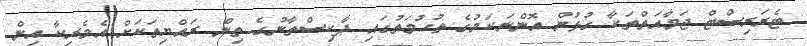
ޓެރަރިސްޓް ޖަމާއަތްތަކާ ގުޅުން އޮންނަކަމުގެ ތުހުމަތުގައި ޕާކިސްތާނުގެ ތިން ރައްޔިތަކަށް އެމެރިކާ އިން